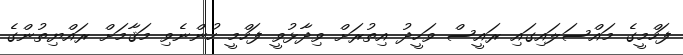
ފަހްމީގެ މައްސަލައިގައި ރައީސް ވަހީދު އިތުރަށް ވިދާޅުވީ ފަހްމީ ހުންނެވި މަޤާމަށް ރައްޔިތުންގެ